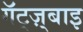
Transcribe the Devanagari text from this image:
गॅट्ज़्बाइ